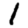
Digit: 1